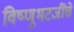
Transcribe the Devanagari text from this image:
विष्णूभटजींचे